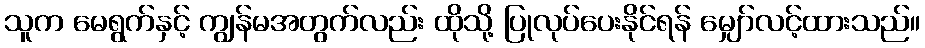
သူက မေရွက်နှင့် ကျွန်မအတွက်လည်း ထိုသို့ ပြုလုပ်ပေးနိုင်ရန် မျှော်လင့်ထားသည်။